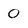
Character: 0